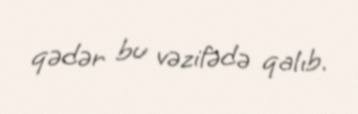
qədər bu vəzifədə qalıb.